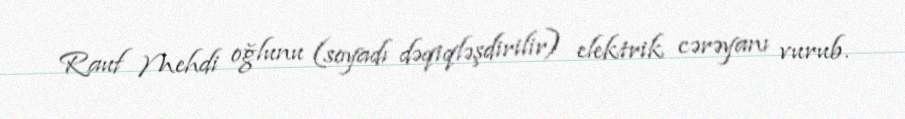
Rauf Mehdi oğlunu (soyadı dəqiqləşdirilir) elektrik cərəyanı vurub.